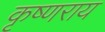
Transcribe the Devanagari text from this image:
कृष्णराय